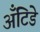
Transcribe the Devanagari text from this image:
अँटिडे